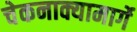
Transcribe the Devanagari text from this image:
चेकनाक्यामार्गे